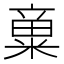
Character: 𱹓